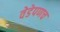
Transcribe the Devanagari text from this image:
वेडेपणच